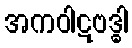
အကဝါဋဗဒ္ဓါ